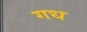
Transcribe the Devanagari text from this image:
गध